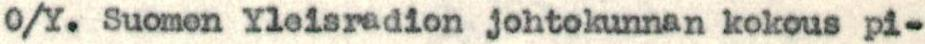
O/Y. Suomen Yleisradion johtokunnan kokous pi-